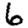
Digit: 6